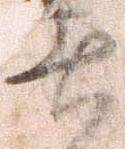
遣